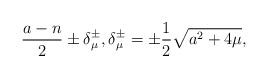
LaTeX: \begin{align*}\frac{a-n}{2}\pm \delta^\pm_{\mu},\delta^\pm_{\mu}=\pm\frac{1}{2}\sqrt{a^2+4\mu},\end{align*}